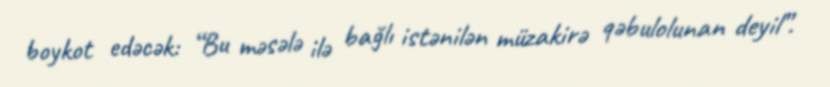
boykot edəcək: “Bu məsələ ilə bağlı istənilən müzakirə qəbulolunan deyil”.